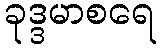
ခုဒ္ဒမာစရေ